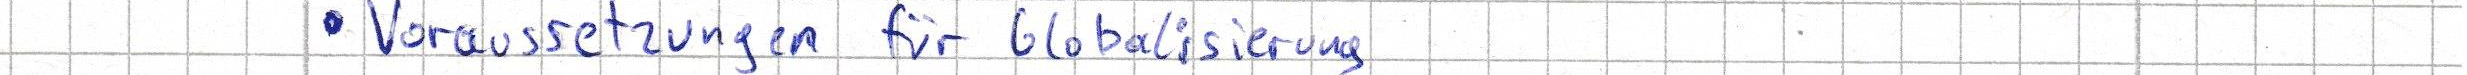
- Voraussetzungen für Globalisierung